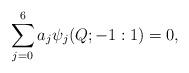
LaTeX: \begin{align*}\sum_{j=0}^6 a_j \psi_j(Q; -1: 1) = 0,\end{align*}